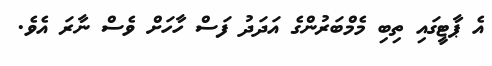
އެ ޕާޓީގައި ތިބި މެމްބަރުންގެ އަދަދު ފަސް ހާހަށް ވެސް ނާރަ އެވެ.